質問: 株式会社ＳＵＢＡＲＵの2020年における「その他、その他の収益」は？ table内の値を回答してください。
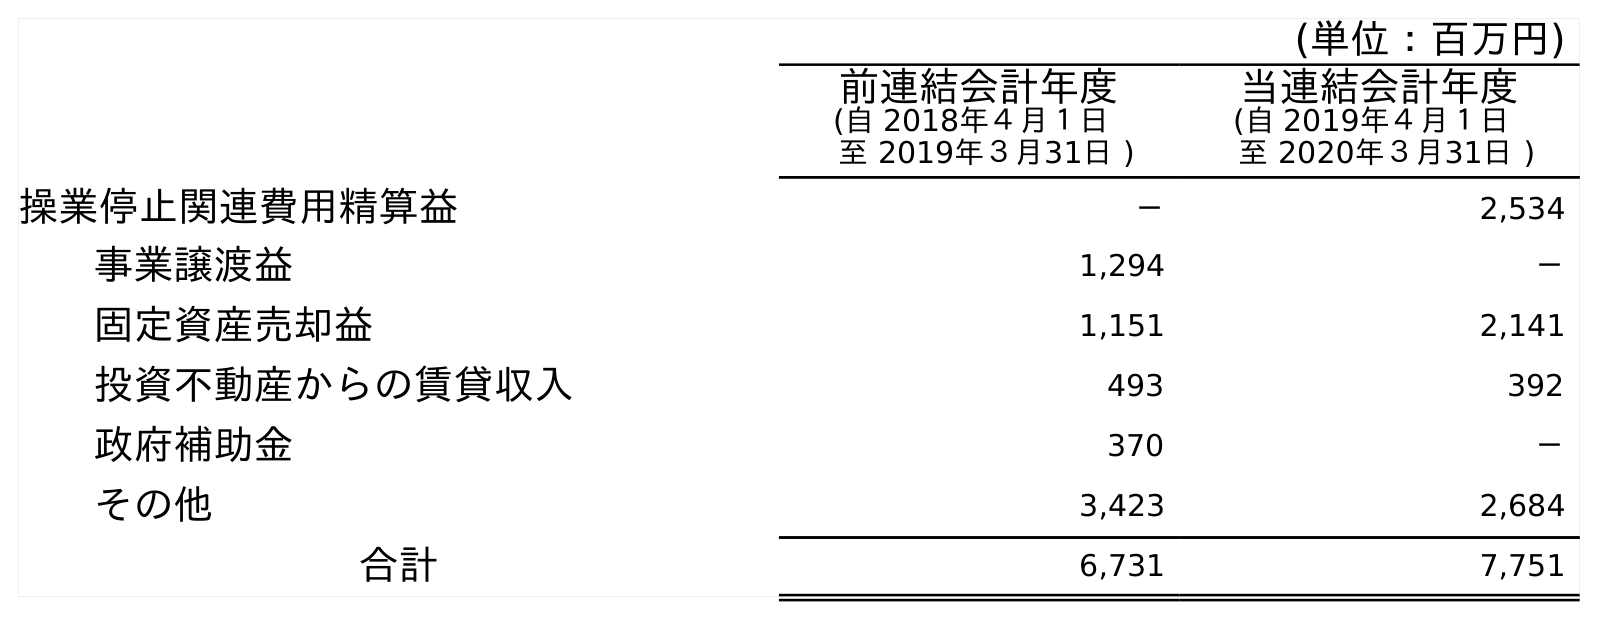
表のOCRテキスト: (単位：百万円) 前連結会計年度 (自 2018年４月１日 至 2019年３月31日 ) 当連結会計年度 (自 2019年４月１日 至 2020年３月31日 ) 操業停止関連費用精算益 － 2,534 事業譲渡益 1,294 － 固定資産売却益 1,151 2,141 投資不動産からの賃貸収入 493 392 政府補助金 370 － その他 3,423 2,684 合計 6,731 7,751
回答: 2,684